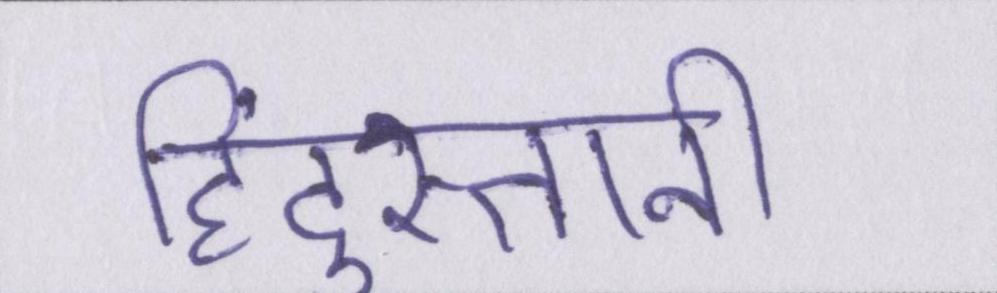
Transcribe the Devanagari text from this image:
हिंदुस्तानी